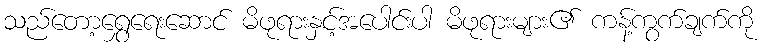
သည်တော့ရွှေရေးဆောင် မိဖုရားနှင့်အပေါင်းပါ မိဖုရားများ၏ ကန့်ကွက်ချက်ကို